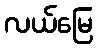
လယ်မြေ